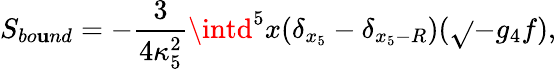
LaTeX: S_{bo\mathbf{u}nd}=-\frac{{3}}{{4\kappa_{5}^{2}}}\intd^{5}x(\delta_{x_{5}}-\delta_{x_{5}-R})(\sqrt{}{{-g_{4}}}f),